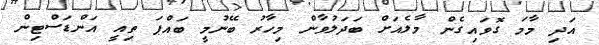
އަދި މާމަ ގޮވައިގެން މާލެއަށް ބަދަލުވާން މިހާރު ބޭނުމީ ބައްޕަ ތިއީ އަންޑަސްޓިން